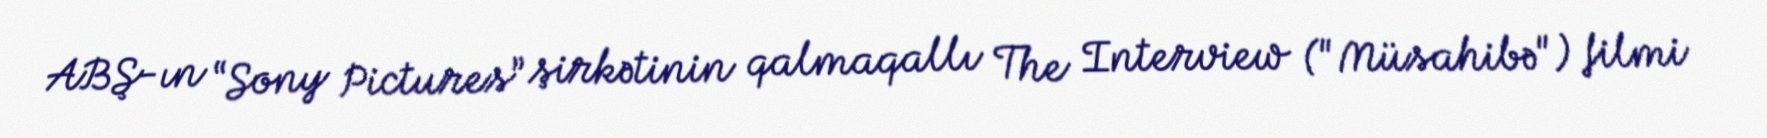
ABŞ-ın “Sony Pictures” şirkətinin qalmaqallı The Interview ("Müsahibə") filmi